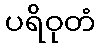
ပရိဝုတံ